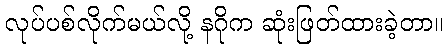
လုပ်ပစ်လိုက်မယ်လို့ နဂိုက ဆုံးဖြတ်ထားခဲ့တာ။